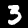
Digit: 3